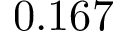
0 . 1 6 7